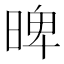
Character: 𣈢